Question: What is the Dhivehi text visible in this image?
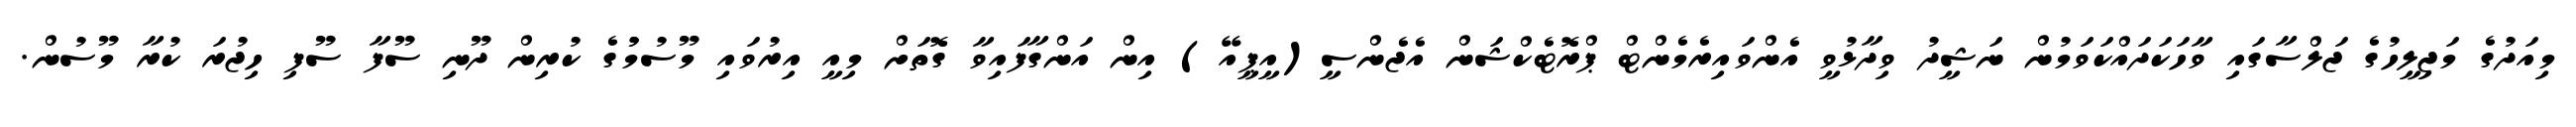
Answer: މިއަދުގެ މަޖިލީހުގެ ޖަލްސާގައި ވާހަކަދައްކަވަމުން ނަޝީދު ވިދާޅުވީ އެންވައިރެމެންޓް ޕްރޮޓެކްޝަން އެޖެންސީ(އީޕީއޭ) އިން އަންގާފައިވާ ގޮތަށް މިއީ އިރުވައި މޫސުމުުގެ ކުރިން ދޫނި ސޫފާ ސޫފި ހިޖުރަ ކުރާ މޫސުން.